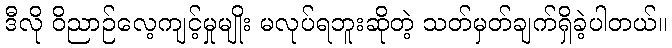
ဒီလို ဝိညာဉ်လေ့ကျင့်မှုမျိုး မလုပ်ရဘူးဆိုတဲ့ သတ်မှတ်ချက်ရှိခဲ့ပါတယ်။